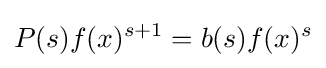
P(s)f(x)^{s+1}=b(s)f(x)^{s}